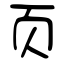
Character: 页